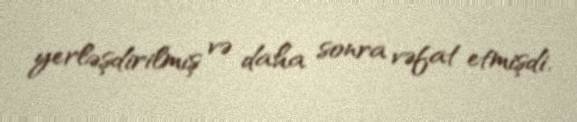
yerləşdirilmiş və daha sonra vəfat etmişdi.